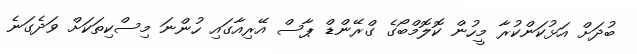
ބުދަށް އަޅުކަންކުރާ މީހުން ކޮލޮމްބޯގެ ގްރޭންޑް ޕާސް އޭރިއާގައި ހުންނަ މިސްކިތަކަށް ވަދެގަނެ